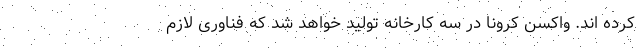
کرده اند. واکسن کرونا در سه کارخانه تولید خواهد شد که فناوری لازم